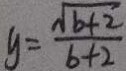
y = \frac { \sqrt { b + 2 } } { b + 2 }